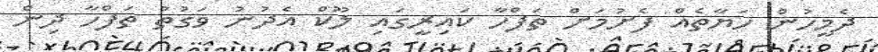
ދެމީހުން ހަޔާތެއް ފެށުމަށް ތަފްހާ ކައިރީގައި ލޫކް އެދުުނު ވަގުތު ތަފްހާ ދިން